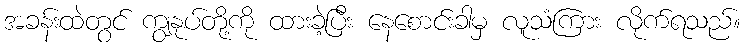
အခန်းထဲတွင် ကျွနုပ်တို့ကို ထားခဲ့ပြီး နေစောင်းခါမှ လူသံကြား လိုက်ရသည်။